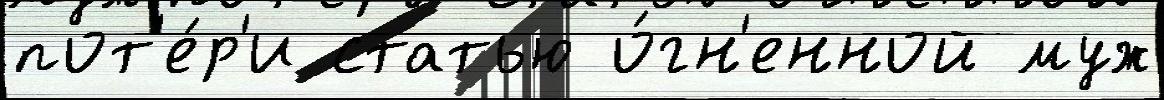
пот'е́р'и статью о́гн'енной муж